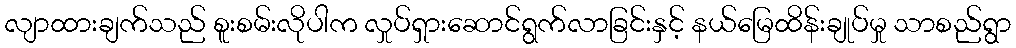
လျာထားချက်သည် စူးစမ်းလိုပါက လှုပ်ရှားဆောင်ရွက်လာခြင်းနှင့် နယ်မြေထိန်းချုပ်မှု သာစည်ရွာ